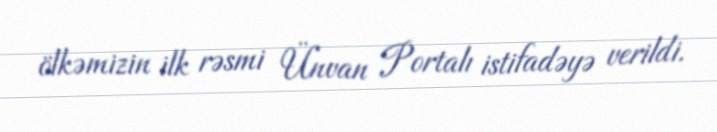
ölkəmizin ilk rəsmi Ünvan Portalı istifadəyə verildi.